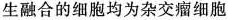
生融合的细胞均为杂交瘤细胞